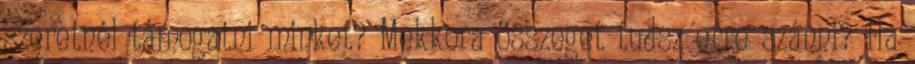
szeretnél támogatni minket? Mekkora összeget tudsz erre szánni? Ha